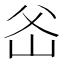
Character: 𤕏